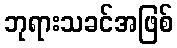
ဘုရားသခင်အဖြစ်